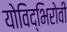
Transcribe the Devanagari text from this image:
योविद्भिरोवी